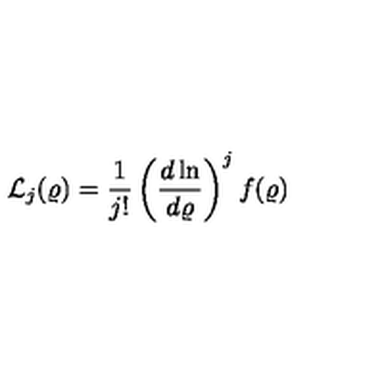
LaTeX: { \mathcal L } _ { j } ( \varrho ) = \frac { 1 } { j ! } \left( \frac { d \ln } { d \varrho } \right) ^ { j } f ( \varrho )